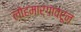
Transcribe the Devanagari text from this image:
लोहमार्गावरून